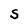
Character: S